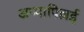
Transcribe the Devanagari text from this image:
अप्पापिल्लई